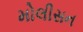
મોલીસન